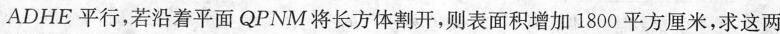
ADHE 平行，若沿着平面 QPNM 将长方体割开，则表面积增加1800平方厘米，求这两